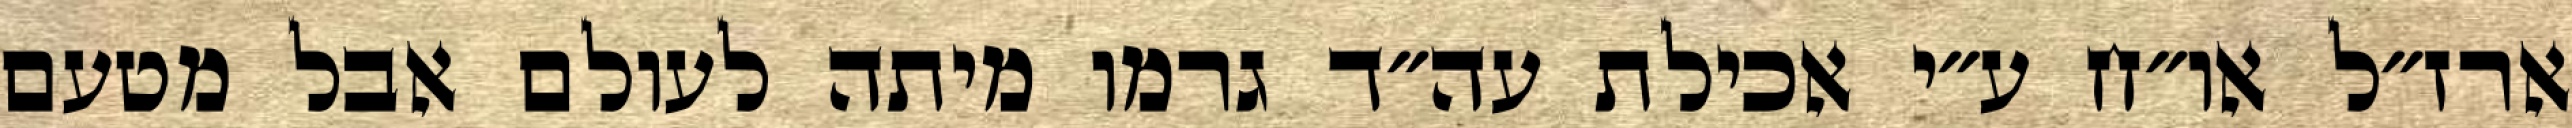
ארז״ל או״ח ע״י אכילת עה״ד גרמו מיתה לעולם אבל מטעם